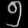
Digit: ၅